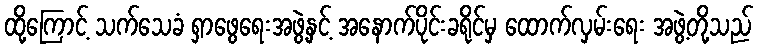
ထို့ကြောင့် သက်သေခံ ရှာဖွေရေးအဖွဲ့နှင့် အနောက်ပိုင်းခရိုင်မှ ထောက်လှမ်းရေး အဖွဲ့တို့သည်